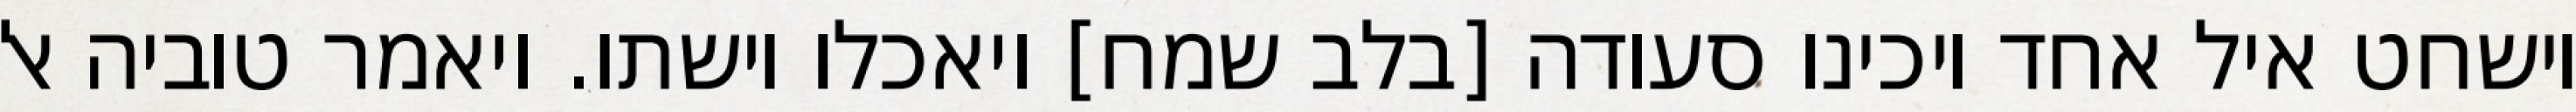
וישחט איל אחד ויכינו סעודה [בלב שמח] ויאכלו וישתו. ויאמר טוביה אל